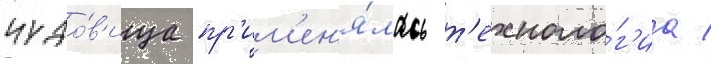
чудо́в'ища пр'им'ен'я́лась т'ехноло́г'иа /